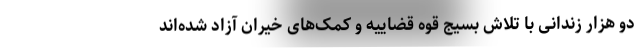
دو هزار زندانی با تلاش بسیج قوه قضاییه و کمک‌های خیران آزاد شده‌اند